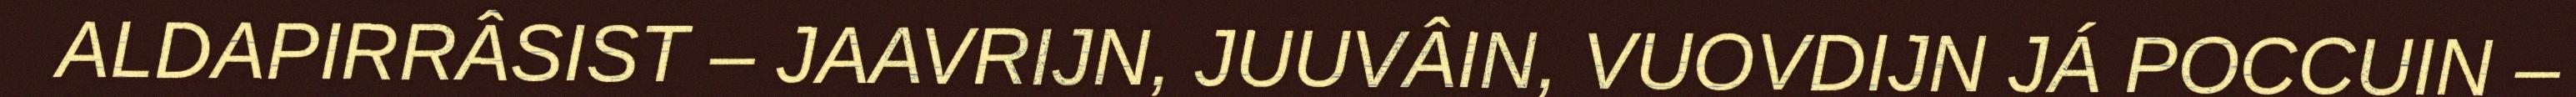
ALDAPIRRÂSIST – JAAVRIJN, JUUVÂIN, VUOVDIJN JÁ POCCUIN –